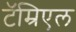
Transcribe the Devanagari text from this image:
टॅम्रिएल